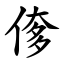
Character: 偧